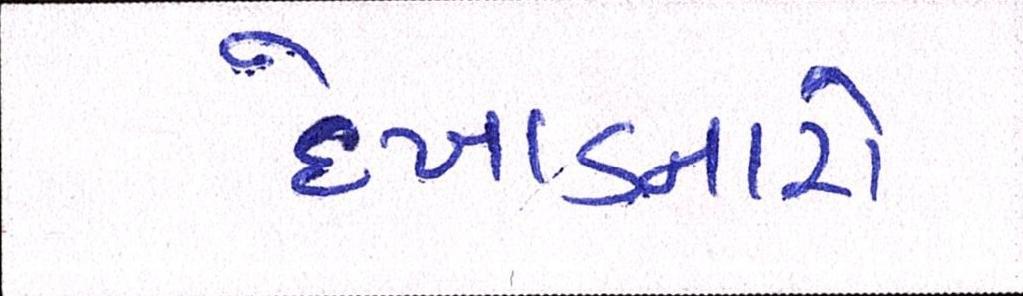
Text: દેખાડનારો